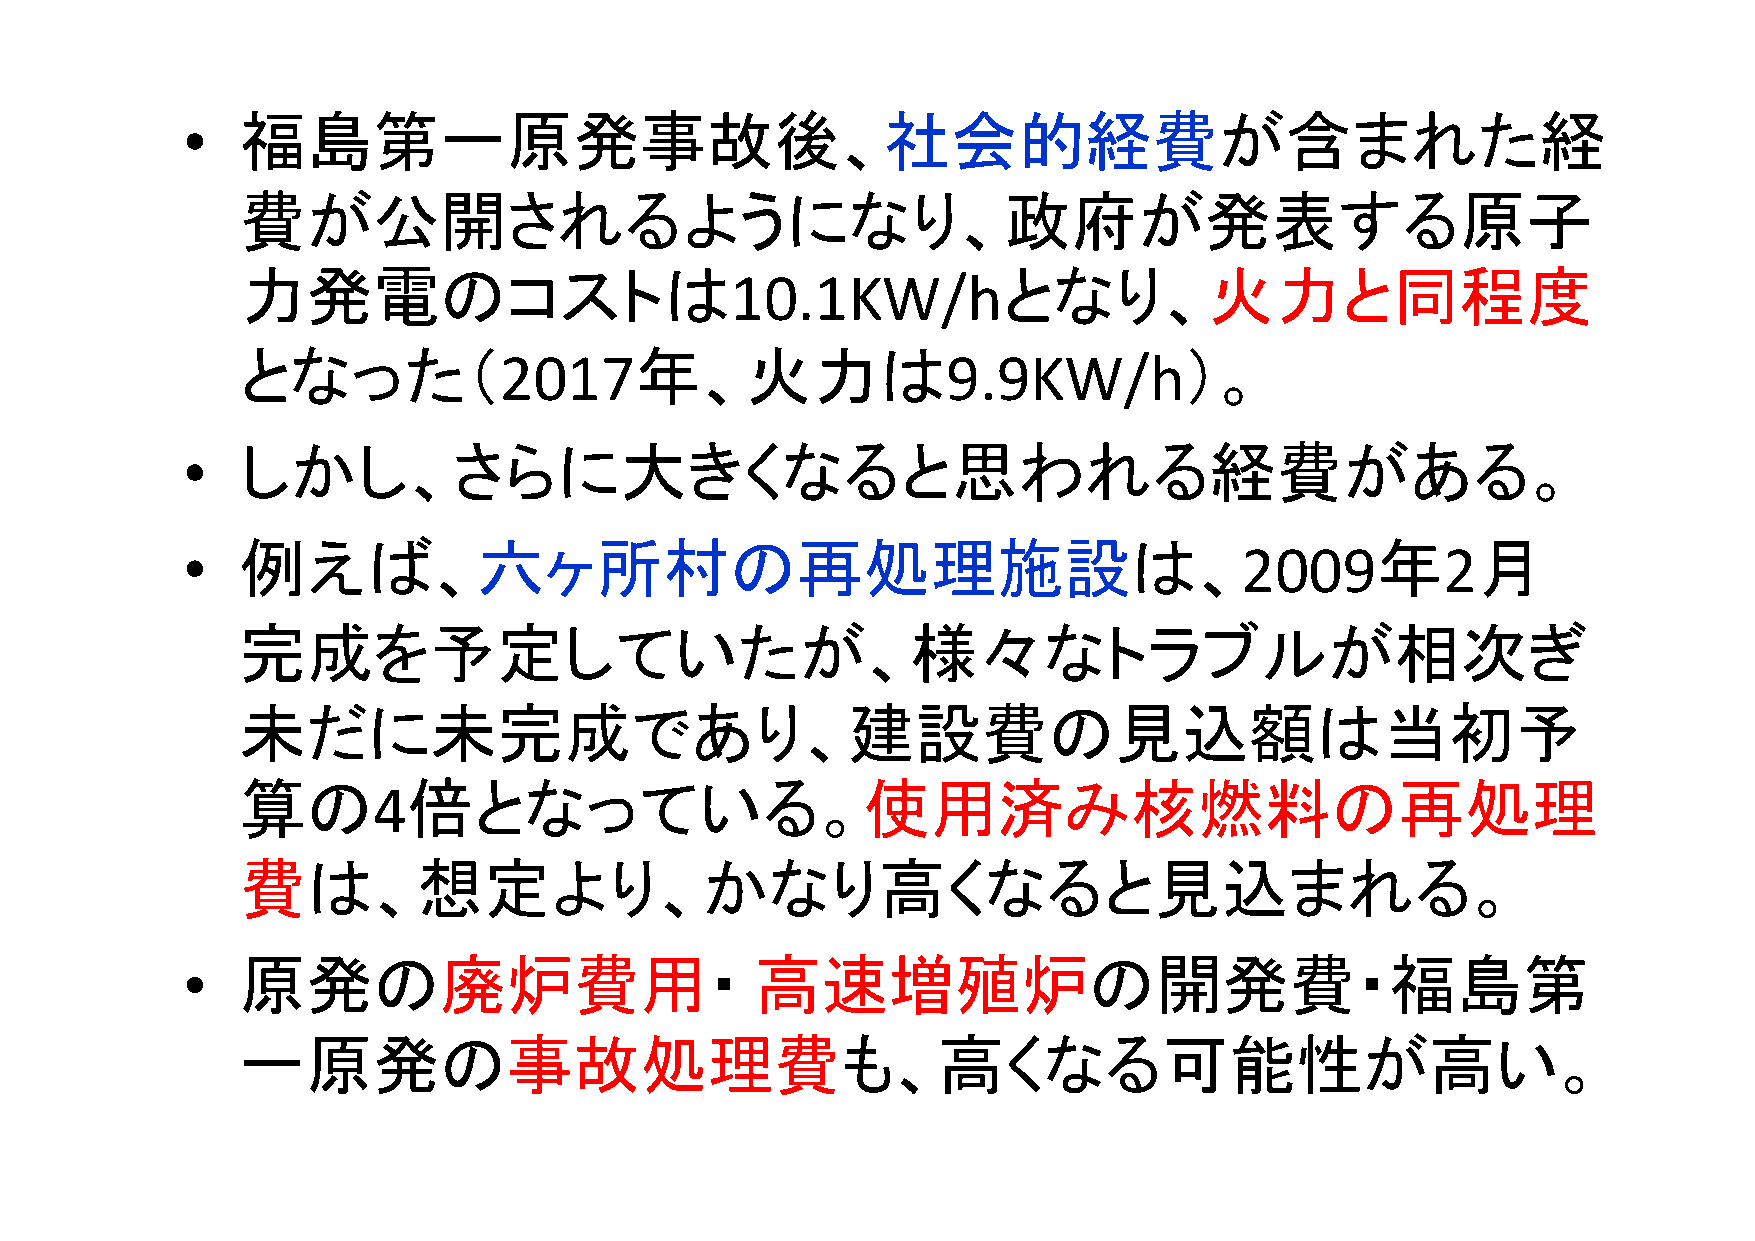
•   福島第一原発事故後、社会的経費が含まれた経
 費が公開されるようになり、政府が発表する原子
 力発電のコストは                                          となり、火力と同程度
 10.1KW/h
 となった（                     年、火力は                               ）。
 2017                          9.9KW/h
 •   しかし、さらに大きくなると思われる経費がある。
 •   例えば、六ヶ所村の再処理施設は、                                                  2009年        2月
 完成を予定していたが、様々なトラブルが相次ぎ
 未だに未完成であり、建設費の見込額は当初予
 算の         倍となっている。使用済み核燃料の再処理
 4
 費は、想定より、かなり高くなると見込まれる。
 •   原発の廃炉費用・                          高速増殖炉の開発費・福島第
 一原発の事故処理費も、高くなる可能性が高い。